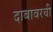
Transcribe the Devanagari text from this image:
दाबावरची